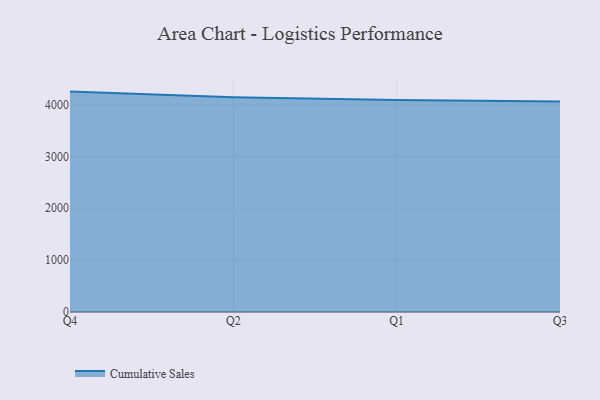
{"axis": {"x": "Quarter", "y": "Net Income (USD K)"}, "legend": ["Cumulative Sales"], "data": [{"x": "Q4", "y": 4247.0, "type": "Cumulative Sales"}, {"x": "Q2", "y": 4140.1, "type": "Cumulative Sales"}, {"x": "Q1", "y": 4082.9, "type": "Cumulative Sales"}, {"x": "Q3", "y": 4055.5, "type": "Cumulative Sales"}]}